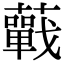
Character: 𧂁